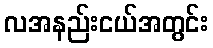
လအနည်းငယ်အတွင်း